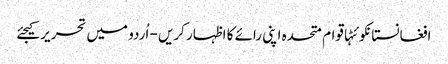
افغانستانکوئٹہاقوام متحدہ اپنی رائے کا اظہار کریں - اُردو میں تحریر کیجئے